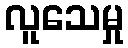
လူသေမှု